Leprosy in India: report of the Leprosy Commission in India, 1890-91
Year: 1890
Disease focus: Leprosy
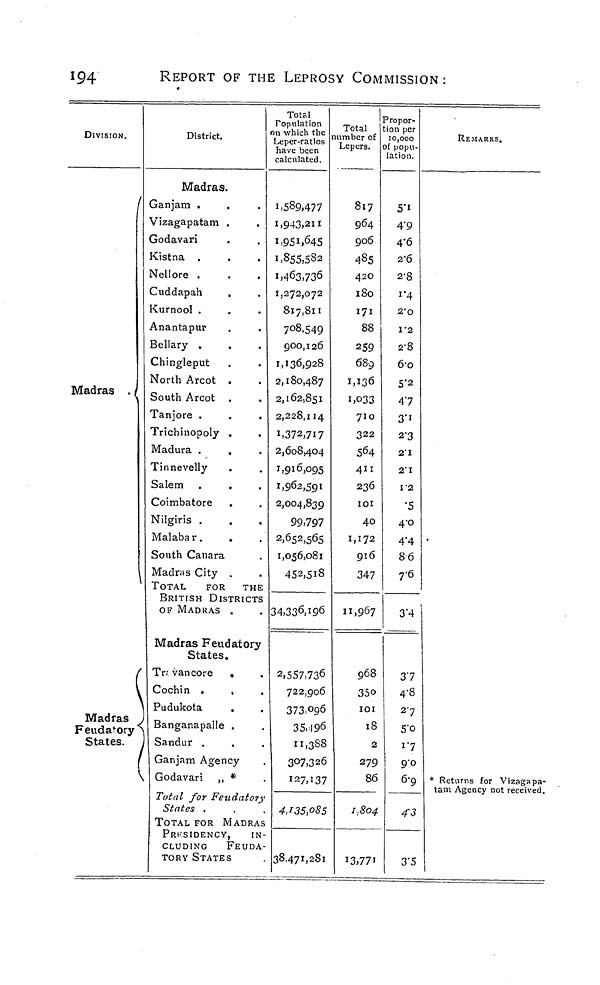
194
REPORT OF THE LEPROSY COMMISSION :
DIVISION.
Madras .,
1
Madras
Feudatory
States.
r
District.
°»
h
c
Madras.
Ganjam .
Vizagapatam .
.
Godavari
Kistna .
Nellore .
Cuddapah
Kurnool .
Anantapur
Bellary .
.
Chingleput
North Arcot .
South Arcot .
Tanjore .
.
.
Trichinopoly .
Madura .
Tinnevelly
Salem .
.
Coimbatore .
Nilgiris .
Malabar.
.
South Canara
Madras City .
TOTAL
FOR
THE
BRITISH DISTRICTS
OF MADRAS .
Madras Feudatory
States.
Tn van core .
Cochin .
.
Pudukota
Banganapalle .
Sandur .
Ganjam Agency
\ Godavari ,, *
Total for Feudatory
States .
TOTAL FOR MADRAS
PRESIDENCY,
IN-
CLUDING
FEUDA-
TORY STATES
Total
opulation
which the fi
eper-ratlos
ave been
alculated.
.589,477
,943,211
,951,645
,855,582
,463,736
,272,072
817,811
7°8-549
900,126
,136,928
2,180,487
2,162,851
2,228,114
1,372,717
2,608,404
1,916,095
1,962,591
2,004,839
99,797
2,652,565
1,056,081
452,5i8
4,33 6 > I 96
2,557,73 6
722,906
373,096
35,196
11,388
307,326
127,137
4J35P85
38,471,281
'l
Total t
umber of
Lepers, c
817
964
906
485
42O
180
171
88
259
68g
1,136
1,033
710
322
564
411
236
101
40
1,172
916
347
11,967
968
35o
IOI
18
2
279
86
1,804
'ropor-
on per
10,000
f popu-
lation.
5*i
4"9
4-6
2-6
2-8
i"4
2-0
1*2
2-8
6-o
5"2
47
3"«
2'3
21
21
12
•5
4'O
4"4
86
7-6
3"4
37
4-8
27
5"o
17
9-0
6-9
43
REMARKS.
* Returns for Vizagapa-
tam Agency not received.